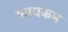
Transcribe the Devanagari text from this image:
फायकम